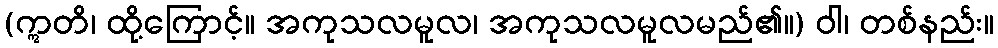
(ဣတိ၊ ထို့ကြောင့်။ အကုသလမူလ၊ အကုသလမူလမည်၏။) ဝါ၊ တစ်နည်း။